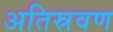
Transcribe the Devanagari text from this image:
अतिस्रवण